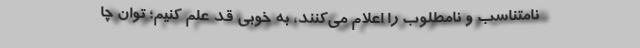
نامتناسب و نامطلوب را اعلام می‌کنند، به خوبی قد علم کنیم؛ توان چا